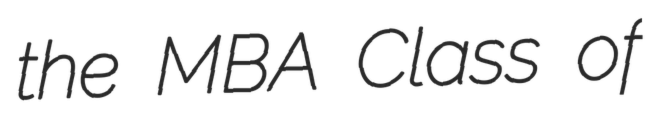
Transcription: the MBA Class of